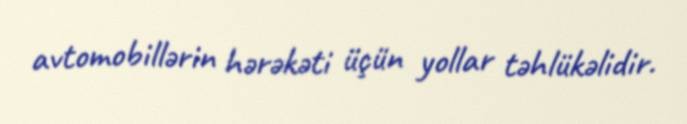
avtomobillərin hərəkəti üçün yollar təhlükəlidir.